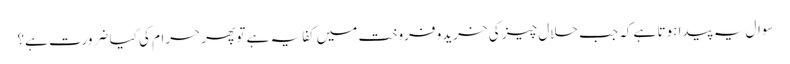
سوال یہ پیدا ہوتا ہے کہ جب حلال چیز کی خریدو فروخت میں کفایہ ہے تو پھر حرام کی کیا ضرورت ہے؟